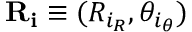
\mathbf { R } _ { \mathbf { i } } \equiv ( R _ { i _ { R } } , \theta _ { i _ { \theta } } )